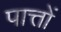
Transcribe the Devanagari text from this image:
पात्तों